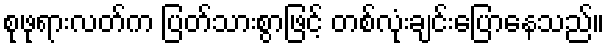
စုဖုရားလတ်က ပြတ်သားစွာဖြင့် တစ်လုံးချင်းပြောနေသည်။